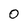
Character: 0